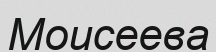
Моисеева